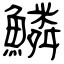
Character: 鱗